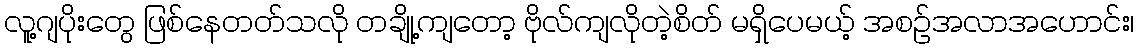
လူ့ဂျပိုးတွေ ဖြစ်နေတတ်သလို တချို့ကျတော့ ဗိုလ်ကျလိုတဲ့စိတ် မရှိပေမယ့် အစဉ်အလာအဟောင်း၊